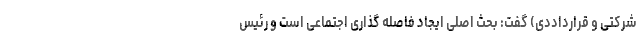
شرکتی و قرارداددی) گفت: بحث اصلی ایجاد فاصله گذاری اجتماعی است و رئیس